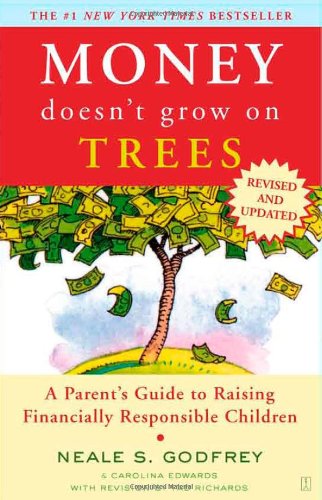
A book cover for Money Doesn't Grow On Trees: A Parent's Guide to Raising Financially Responsible Children; Neale S. Godfrey; Parenting & Relationships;